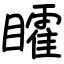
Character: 矐